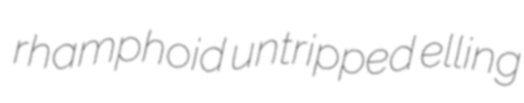
rhamphoid untripped elling